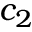
c _ { 2 }